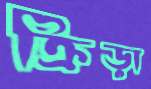
ক্রিড়া